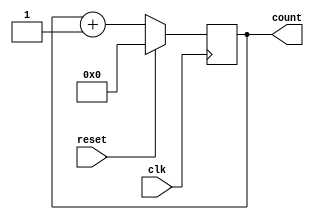
//Build a 4-bit binary counter that counts from 0 through 15, inclusive, with a period of 16. The reset input is synchronous, and should reset the counter to 0.

module counter (
    input clk,
    input reset,      // Synchronous active-high reset
    output reg [3:0] count);
    
    always @(posedge clk)begin
        if (reset)
            count <= 0;
        else
            count <= count + 1;
    end

endmodule